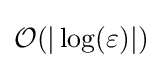
{\mathcal {O}}(|\log(\varepsilon )|)